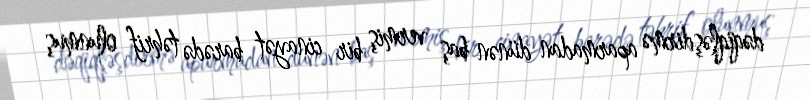
dəqiqləşdirmə aparmadan dünən baş vermiş bir cinayət barədə təhrif olunmuş